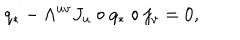
q _ { * } - \Lambda ^ { u v } J _ { u } \circ q _ { * } \circ j _ { v } = 0 ,